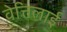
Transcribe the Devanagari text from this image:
वेत्तिलाई